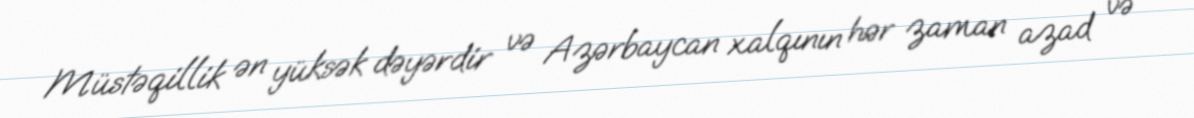
Müstəqillik ən yüksək dəyərdir və Azərbaycan xalqının hər zaman azad və